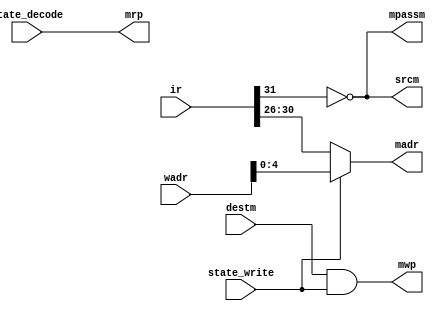
// MCTL --- M CONTROL
//
// ---!!! Add description.
//
// History:
//
//   (20YY-MM-DD HH:mm:ss BRAD) Converted to Verilog.
//	???: Nets added.
//	???: Nets removed.
//   (1979-03-31 04:48:31 TK) Initial.

`timescale 1ns/1ps
`default_nettype none

module MCTL(/*AUTOARG*/
   // Outputs
   madr, mpassm, mrp, mwp, srcm,
   // Inputs
   state_decode, state_write, ir, wadr, destm
   );

   input state_decode;
   input state_write;

   input [48:0] ir;
   input [9:0] wadr;
   input destm;
   output [4:0] madr;
   output mpassm;
   output mrp;
   output mwp;
   output srcm;

   ////////////////////////////////////////////////////////////////////////////////

   assign mpassm = ~ir[31];
   assign srcm = ~ir[31];
   assign mrp = state_decode;
   assign mwp = destm & state_write;

   // Use WADR during STATE_WRITE.
   ///---!!! why use WADR during STATE_WRITE?
   assign madr = ~state_write ? ir[30:26] : wadr[4:0];

endmodule

`default_nettype wire

// Local Variables:
// verilog-library-directories: ("..")
// End: